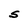
Character: S